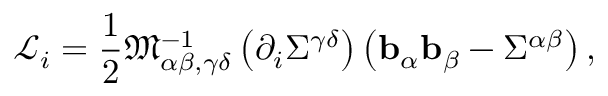
\mathscr { L } _ { i } = \frac { 1 } { 2 } \mathfrak { M } _ { \alpha \beta , \gamma \delta } ^ { - 1 } \left( \partial _ { i } \Sigma ^ { \gamma \delta } \right) \left( \mathbf { b } _ { \alpha } \mathbf { b } _ { \beta } - \Sigma ^ { \alpha \beta } \right) ,